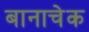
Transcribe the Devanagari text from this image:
बानाचेक